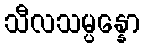
သီလသမ္ပန္နော